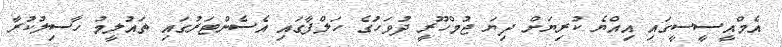
އެމްއީސީސީގައި އިއްޔެ ކުރިޔަށް ދިޔަ ޖުމްހޫރީ ދުވަހަުގެ ހަލްފާގައި އެސެންޓަރުގައި ތައުލީމު ހާސިލުކުރާ